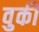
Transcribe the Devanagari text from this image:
वुकी